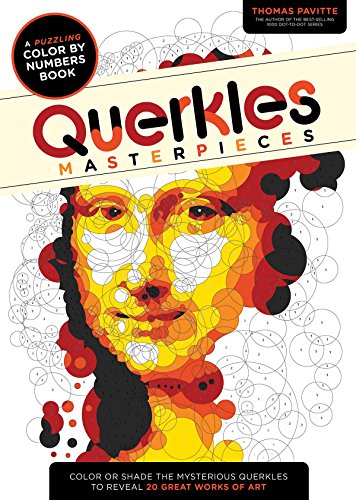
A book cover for Querkles: Masterpieces; Thomas Pavitte; Humor & Entertainment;